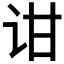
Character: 𬣠